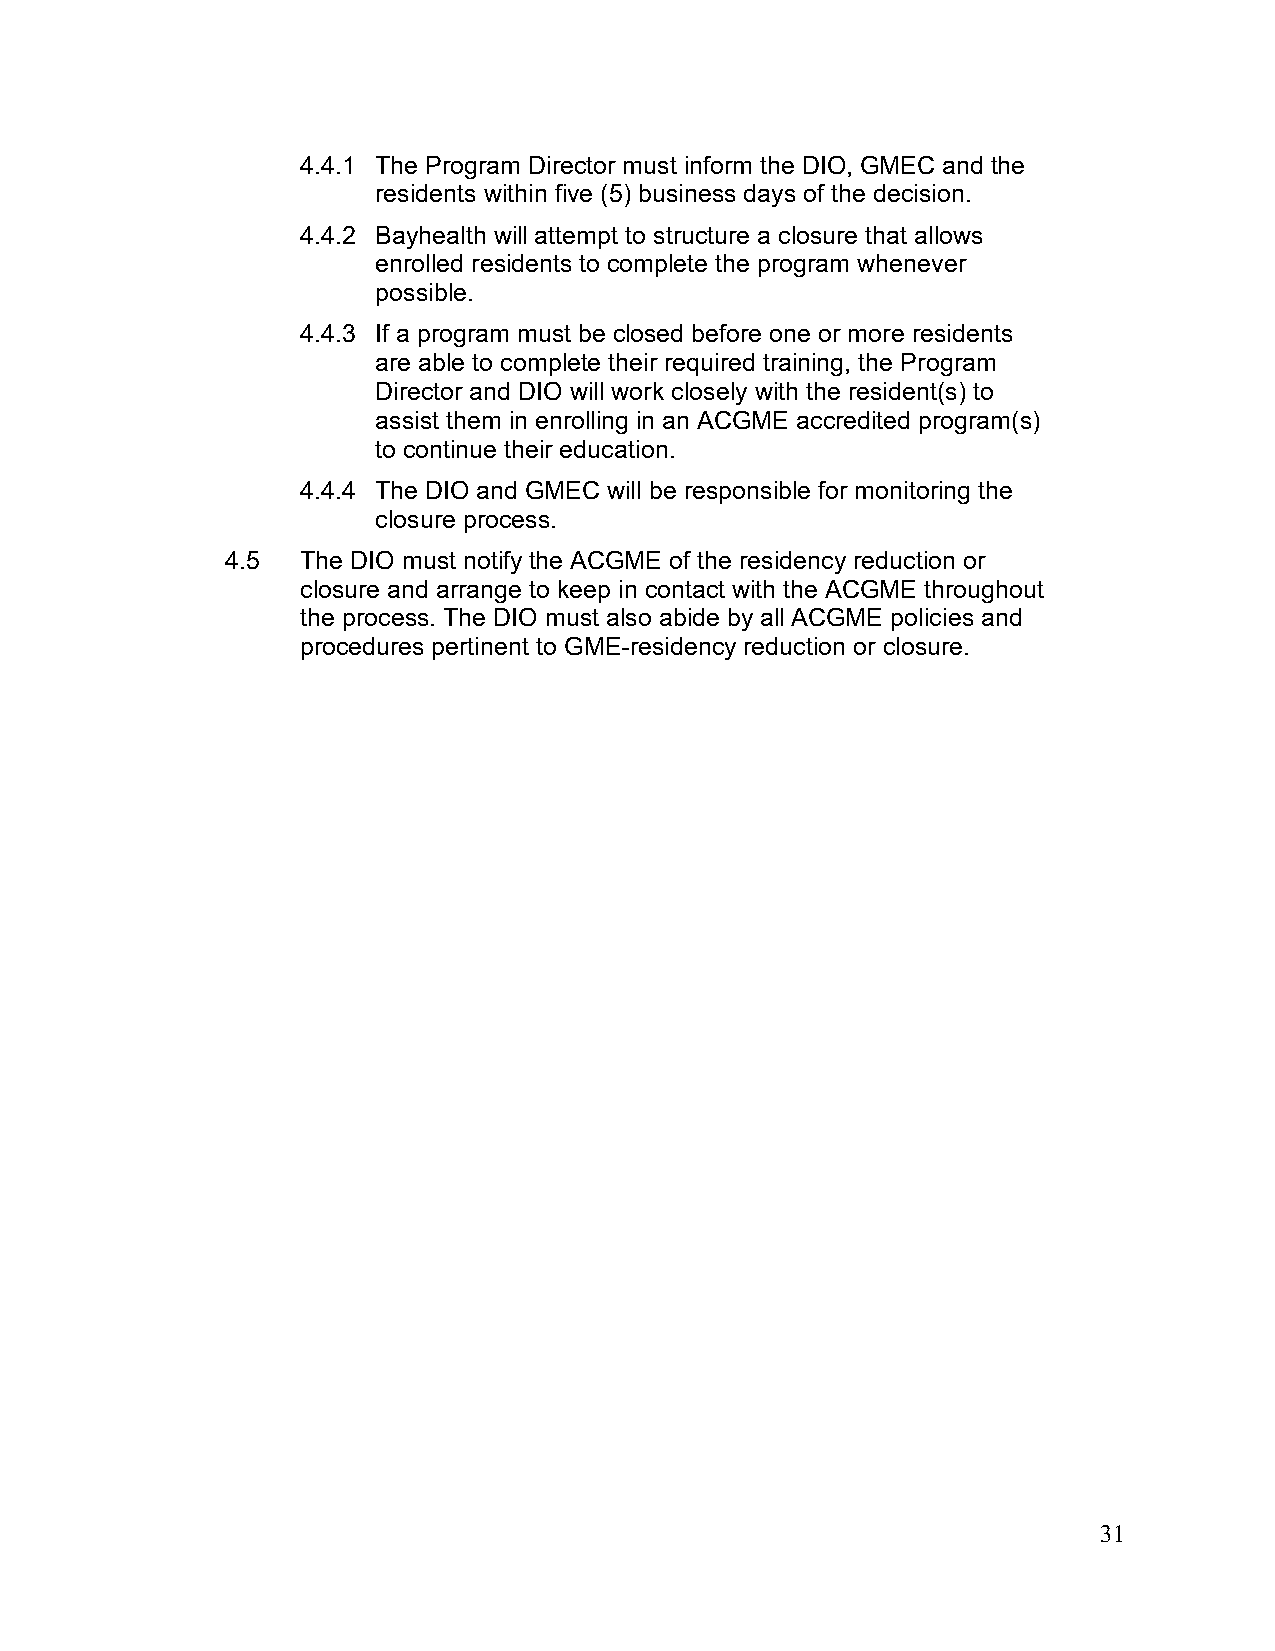
4.4.1 The Program Director must inform the DIO, GMEC and the
 residents within five (5) business days of the decision.
 4.4.2 Bayhealth will attempt to structure a closure that allows
 enrolled residents to complete the program whenever
 possible.
 4.4.3 If a program must be closed before one or more residents
 are able to complete their required training, the Program
 Director and DIO will work closely with the resident(s) to
 assist them in enrolling in an ACGME accredited program(s)
 to continue their education.
 4.4.4 The DIO and GMEC will be responsible for monitoring the
 closure process.
 4.5  The DIO must notify the ACGME of the residency reduction or
 closure and arrange to keep in contact with the ACGME throughout
 the process. The DIO must also abide by all ACGME policies and
 procedures pertinent to GME-residency reduction or closure.
 31